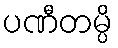
ပဏီတမ္ပိ